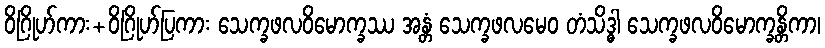
ဝိဂြိုဟ်ကား+ဝိဂြိုဟ်ပြကား သေက္ခဖလဝိမောက္ခဿ အန္တံ သေက္ခဖလမေဝ တံသိဒ္ဓါ သေက္ခဖလဝိမောက္ခန္တိကာ၊